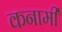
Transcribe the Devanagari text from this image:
कनामी